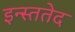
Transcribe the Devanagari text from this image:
इन्स्ततेद